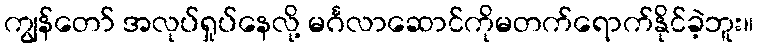
ကျွန်တော် အလုပ်ရှုပ်နေလို့ မင်္ဂလာဆောင်ကိုမတက်ရောက်နိုင်ခဲ့ဘူး။